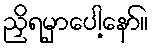
ညှိရမှာပေါ့နော်။